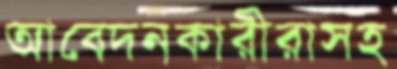
আবেদনকারীরাসহ